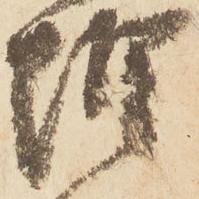
惶